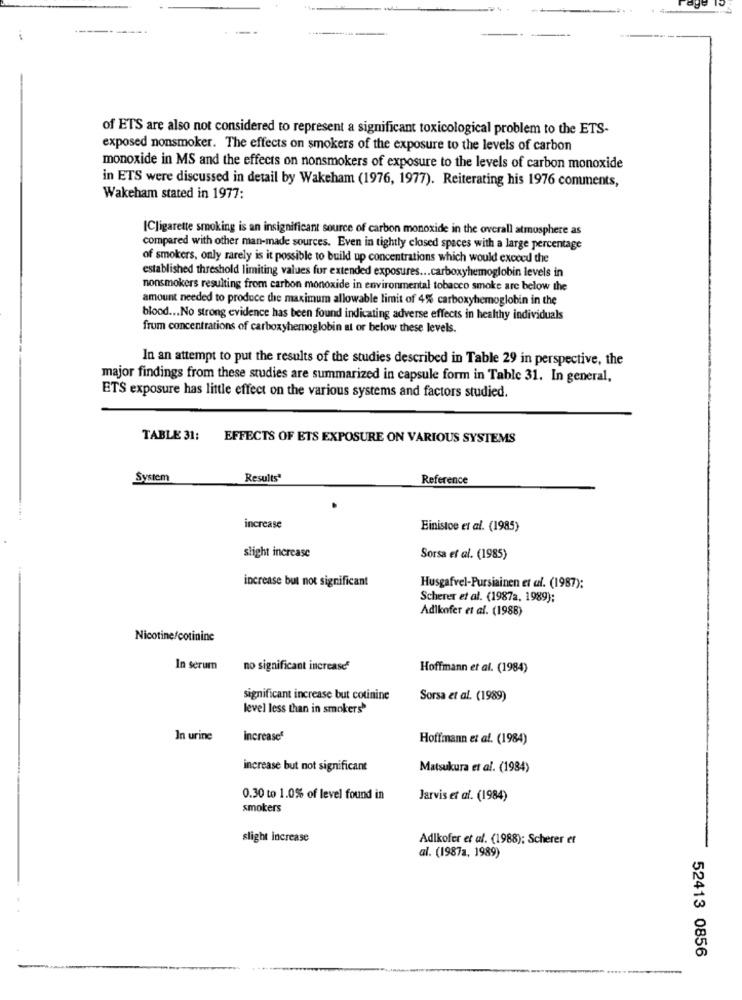
of ETS are also not considered to represent a significant toxicological problem to the ETS-
exposed nonsmoker. The effects on smokers of the exposure to the levels of carbon
monoxide in MS and the effects on nonsmokers of exposure to the levels of carbon monoxide
in ETS were discussed in detail by Wakeham (1976, 1977). Reiterating his 1976 comments,
Wakeham stated in 1977:
[Cligarette smoking is an insignificant source of carbon monoxide in the overall atmosphere as
compared with other man-made sources. Even in tightly closed spaces with a large percentage
of smokers, only rarely is it possible to build up concentrations which would exceed the
established threshold limiting values for extended exposures ... carboxyhemoglobin levels in
nonsmokers resulting from carbon monoxide in environmental tobacco smoke are below the
amount needed to produce the maximum allowable limit of 4% carboxyhemoglobin in the
blood ... No strong evidence has been found indicating adverse effects in healthy individuals
frum concentrations of carboxyhemoglobin at or below these levels.
In an attempt to put the results of the studies described in Table 29 in perspective, the
major findings from these studies are summarized in capsule form in Table 31. In general,
ETS exposure has little effect on the various systems and factors studied.
TABLE 31:
EFFECTS OF ETS EXPOSURE ON VARIOUS SYSTEMS
System
Results'
Reference
increase
Einistoe et al. (1985)
slight increase
Sorsa et al. (1985)
increase but not significant
Husgafvel-Pursiainen et al. (1987);
Scherer et al. (1987a, 1989);
Adlkofer et al. (1988)
Nicotine/cotinine
In serum
no significant increase
Hoffmann et al. (1984)
significant increase but cotinine
Sorsa et al. (1989)
level less than in smokers
In urine
increases
Hoffmann et al. (1984)
increase but not significant
Matsukura et al. (1984)
0.30 to 1.0% of level found in
Jarvis et al. (1984)
smokers
slight increase
Adlkofer et al. (1988); Scherer et
al. (1987a, 1989)
52413 0856